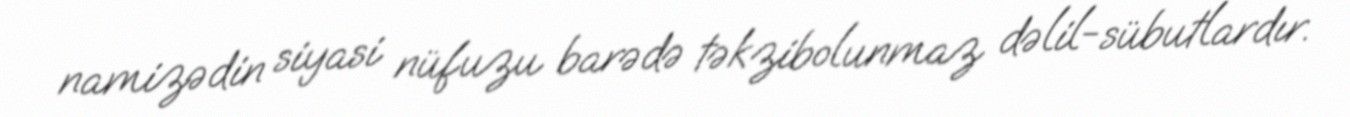
namizədin siyasi nüfuzu barədə təkzibolunmaz dəlil-sübutlardır.